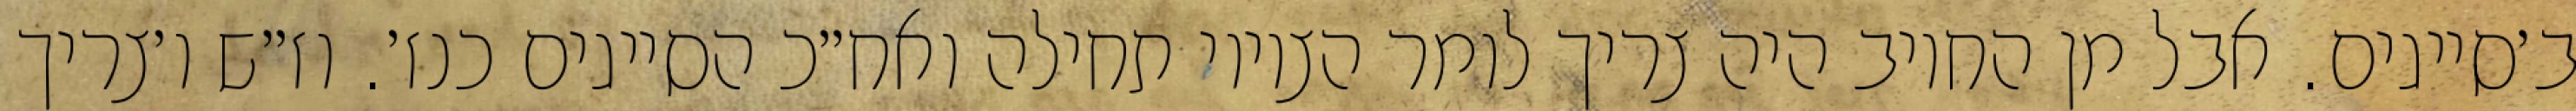
ב׳סייגים. אבל מן החיוב היה צריך לומר הציווי תחילה ואח״כ הסייגים כנז׳. וז״ש ו׳צריך